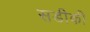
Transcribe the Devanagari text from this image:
सडीकी